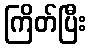
ကြိတ်ပြီး